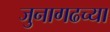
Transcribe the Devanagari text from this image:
जुनागढच्या